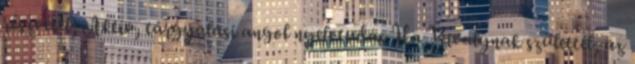
részvétel; Aktív, tárgyalási angol nyelvtudás Ha Bivalynak születtél, az